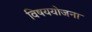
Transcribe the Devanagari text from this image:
विषययोजना